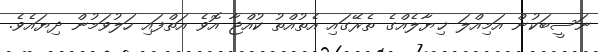
ނަސީބަކުން އަމިއްލަ ޚިޔާލެއްގެ ތެރޭގައި އެތުއްތު ކުއްޖާ އޮވެ އަތްފައި ހަލުވަމުން ދިޔައެވެ.